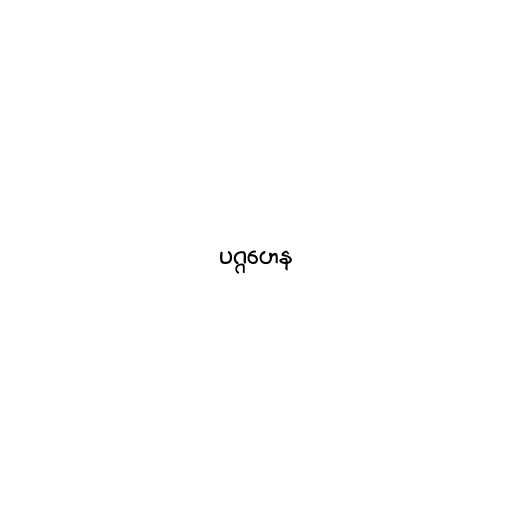
ပဂ္ဂဟေန